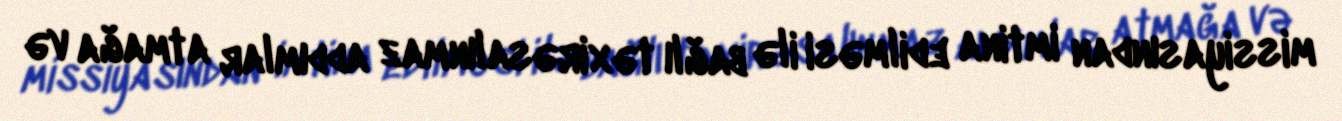
missiyasından imtina edilməsi ilə bağlı təxirəsalınmaz addımlar atmağa və